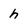
Character: h